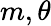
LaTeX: m,\theta